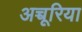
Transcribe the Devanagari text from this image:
अच्चूरिया